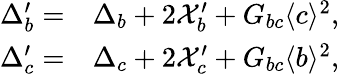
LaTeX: \begin{array}{rl}{\Delta_{b}^{\prime}=}&{{}\Delta_{b}+2\mathcal{X}_{b}^{\prime}+G_{bc}\langle c\rangle^{2},}\\ {\Delta_{c}^{\prime}=}&{{}\Delta_{c}+2\mathcal{X}_{c}^{\prime}+G_{bc}\langle b\rangle^{2},}\end{array}